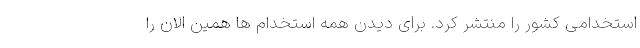
استخدامی کشور را منتشر کرد. برای دیدن همه استخدام ها همین الان را